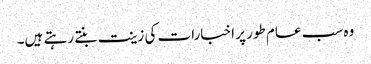
وہ سب عام طور پر اخبارات کی زینت بنتے رہتے ہیں۔